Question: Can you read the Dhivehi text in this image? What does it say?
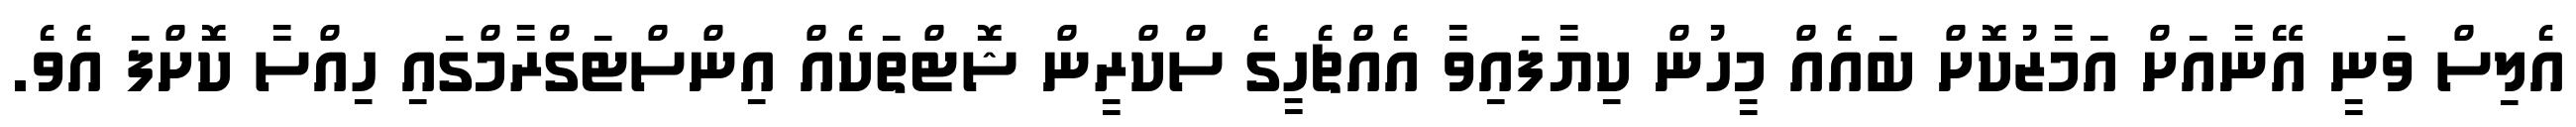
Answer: އެލިސް ވަނީ އޭނާއަށް އަމާޒުކޮށް ބައެއް މީހުން ކިޔާފައިވާ އެއްޗެހީގެ ސްކްރީން ޝޮޓްތަކެއް އިންސްޓަގްރާމްގައި ހިއްސާ ކޮށްފަ އެވެ.